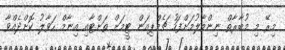
މިރޭ މި މުބާރާތް ނިންމާލުމަށްފަހު ޗެމްޕިއަން ޓީމަށް ތަށްޓާއި އިނާމް ހަވާލު ކޮށްދެއްވާ